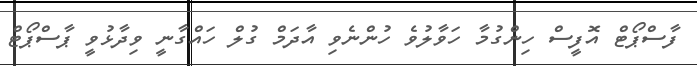
ފާސްޕޯޓް އޮފީސް ހިންގުމާ ހަވާލުވެ ހުންނެވި އާދަމް ގުލް ހައްގާނީ ވިދާޅުވީ ޕާސްޕޯޓް